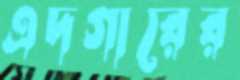
এদগারের